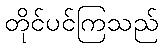
တိုင်ပင်ကြသည်